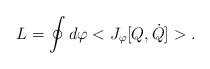
LaTeX: \begin{align*}L=\oint d \varphi <J_\varphi [Q,\dot Q]>.\end{align*}